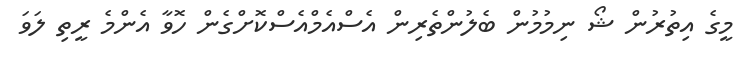
މީގެ އިތުރުން ޝޯ ނިމުމުން ބެލުންތެރިން އެސްއެމްއެސްކޮށްގެން ހޮވާ އެންމެ ރީތި ލަވަ